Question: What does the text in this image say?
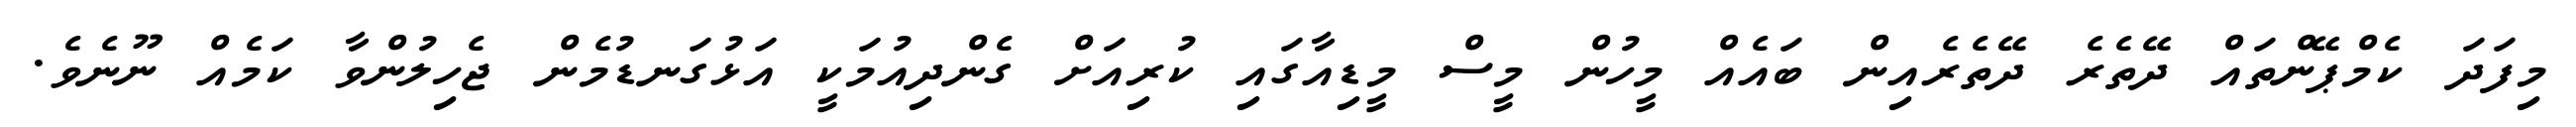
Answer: މިފަދަ ކެމްޕޭންތައް ދޭތެރެ ދޭތެރެއިން ބައެއް މީހުން މީސް މީޑިއާގައި ކުރިއަށް ގެންދިއުމަކީ އަޅުގަނޑުމެން ޖެހިލުންވާ ކަމެއް ނޫނެވެ.